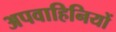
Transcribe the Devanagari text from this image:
अपवाहिनियों